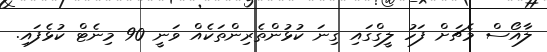
ލާއޯސް މެޗަށް ފަހު ލީގްގައި ގިނަ ކުޅުންތެރިންތަކެއް ވަނީ 90 މިނެޓް ކުޅެފައި.